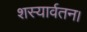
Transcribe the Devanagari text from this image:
शस्यार्वतन।